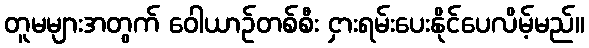
တူမများအတွက် ဝေါယာဉ်တစ်စီး ငှားရမ်းပေးနိုင်ပေလိမ့်မည်။